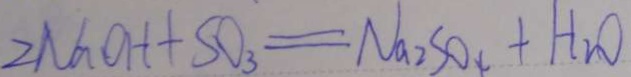
2 N a O H + S O _ { 3 } = N a _ { 2 } S O _ { 4 } + H _ { 2 } O